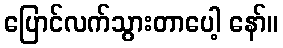
ပြောင်လက်သွားတာပေါ့ နော်။